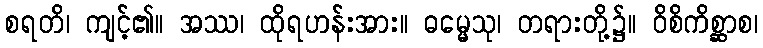
စရတိ၊ ကျင့်၏။ အဿ၊ ထိုရဟန်းအား။ ဓမ္မေသု၊ တရားတို့၌။ ဝိစိကိစ္ဆာစ၊